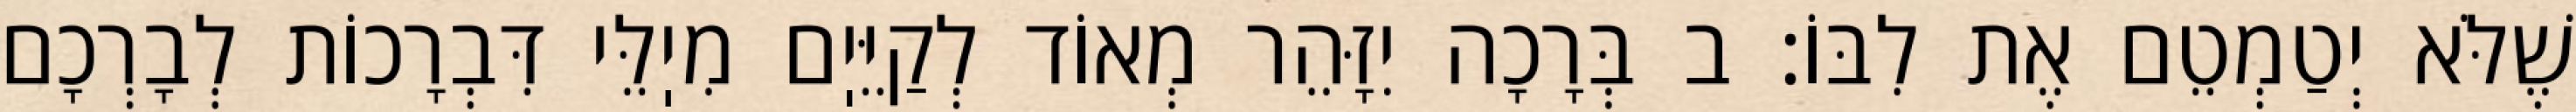
שֶׁלֹּא יְטַמְטֵם אֶת לִבּוֹ: ב בְּרָכָה יִזָּהֵר מְאוֹד לְקַיֵּיֽם מִיֽלֵּי דִּבְרָכוֹת לְבָרְכָם